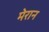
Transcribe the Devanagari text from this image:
मेरान